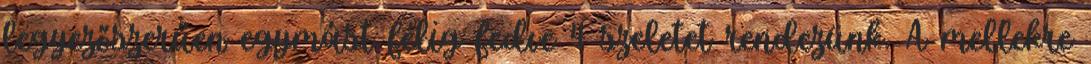
legyezőszerűen egymást félig fedve 4 szeletet rendezünk. A mellekre